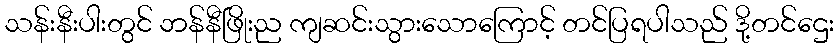
သန်းနီးပါးတွင် ဘန်နီဖြိုးည ကျဆင်းသွားသောကြောင့် တင်ပြရပါသည် ဒို့တင်ဌေး